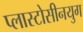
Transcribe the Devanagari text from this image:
प्लास्टोसीनयुग